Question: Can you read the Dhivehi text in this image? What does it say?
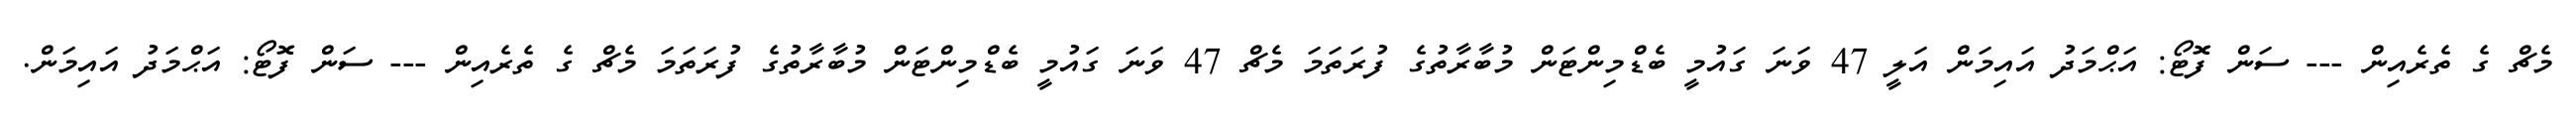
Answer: މެޗް ގެ ތެރެއިން --- ސަން ފޮޓޯ: އަޙްމަދު އައިމަން އަލީ 47 ވަނަ ގައުމީ ބެޑްމިންޓަން މުބާރާތުގެ ފުރަތަމަ މެޗް 47 ވަނަ ގައުމީ ބެޑްމިންޓަން މުބާރާތުގެ ފުރަތަމަ މެޗް ގެ ތެރެއިން --- ސަން ފޮޓޯ: އަޙްމަދު އައިމަން.